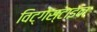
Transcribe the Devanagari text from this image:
विट्गेंस्टाइन